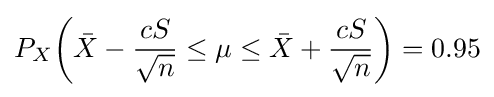
P_{X}{\left({\bar {X}}-{\frac {cS}{\sqrt {n}}}\leq \mu \leq {\bar {X}}+{\frac {cS}{\sqrt {n}}}\right)}=0.95